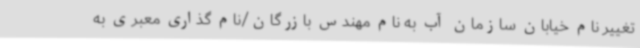
تغییر نام خیابان سازمان آب به نام مهندس بازرگان/نام گذاری معبری به